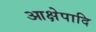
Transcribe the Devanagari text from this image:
आक्षेपादि